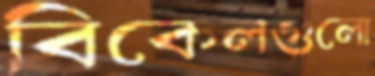
বিকেলগুলো